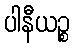
ပါနီယဉ္စ